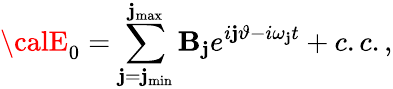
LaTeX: {\calE}_{0}=\sum_{\mathbf{j}=\mathbf{j}_{\operatorname*{min}}}^{\mathbf{j}_{\operatorname*{max}}}\mathbf{B}_{\mathbf{j}}e^{i\mathbf{j}\vartheta-i\omega_{\mathbf{j}}t}+c.c.,